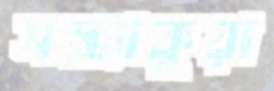
সন্ধ্যাকুরা